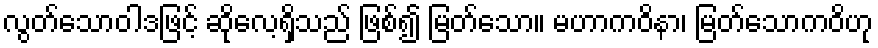
လွတ်သောဝါဒဖြင့် ဆိုလေ့ရှိသည် ဖြစ်၍ မြတ်သော။ မဟာကဝိနာ၊ မြတ်သောကဝိဟု